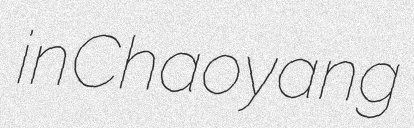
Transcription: in Chaoyang